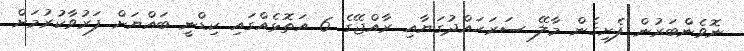
ނޮވެންބަރުން ފެށިގެން މާލޭ ސަރަޙައްދުގަޔާއި ރާއްޖޭގެ 6 އަތޮޅެއްގައި ކިޑްނީ ބައްޔަށް ފަރުވާކުރުމަށް